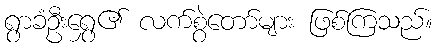
ရွာခံဦးရွှေ၏ လက်စွဲတော်များ ဖြစ်ကြသည်။